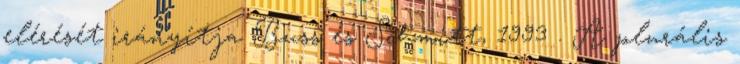
elérését irányítja Buss és Schmitt, 1993 . A plurális